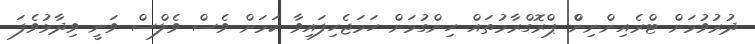
ދުރުވުމަށް ޓްރެއިންނިންް ޕްރޮގްރާމުތައް ހިންގުމަށް ހަމަޖެހިފައިވާ ކަމަށް ވެސް ވެލްސް ވަނީ ވިދާޅުވެފަ